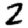
Digit: 2